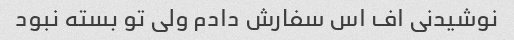
نوشیدنی اف اس سفارش دادم ولی تو بسته نبود